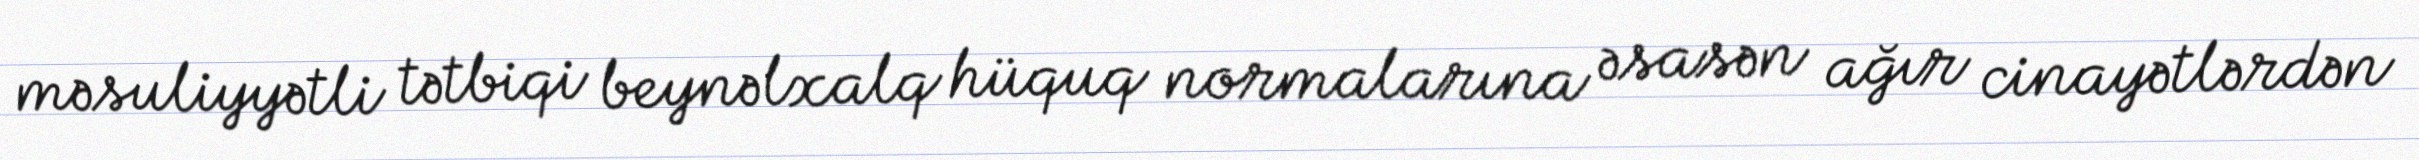
məsuliyyətli tətbiqi beynəlxalq hüquq normalarına əsasən ağır cinayətlərdən